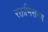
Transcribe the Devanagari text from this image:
रक्तभिसरण